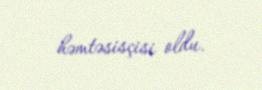
həmtəsisçisi oldu.